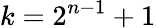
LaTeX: k=2^{n-1}+1